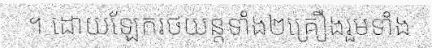
។ ដោយឡែករថយន្តទាំង២គ្រឿងរួមទាំង